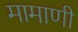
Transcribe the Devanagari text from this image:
मामाणी